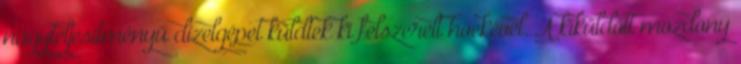
nagyteljesítményű dízelgépet küldtek ki felszerelt hóekével. A kiküldött mozdony